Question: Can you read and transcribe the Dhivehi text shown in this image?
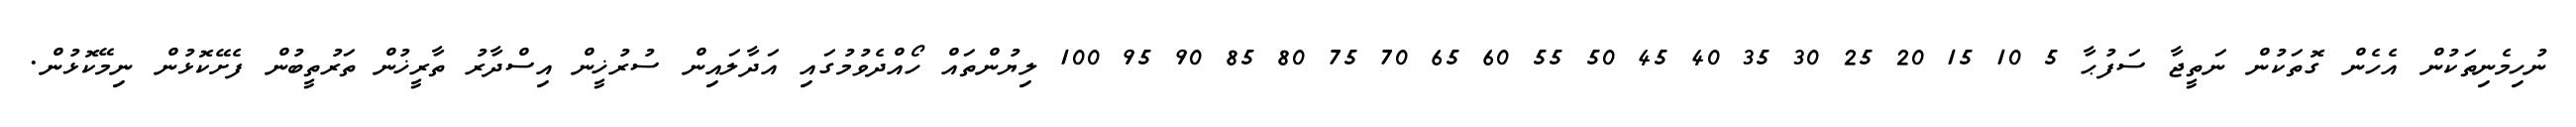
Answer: ނުހިމެނިތަކުން އެހެން ގޮތަކުން ނަތީޖާ ސަފުޙާ 5 10 15 20 25 30 35 40 45 50 55 60 65 70 75 80 85 90 95 100 ލިޔުންތައް ހޯއްދެވުމުގައި އަދާލައިން ސުރުޚީން އިސްދާރު ތާރީޚުން ތަރުތީބުން ފެށޭކޮޅުން ނިމޭކޮޅުން.